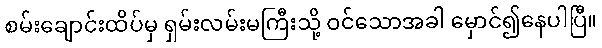
စမ်းချောင်းထိပ်မှ ရှမ်းလမ်းမကြီးသို့ ဝင်သောအခါ မှောင်၍နေပါပြီ။